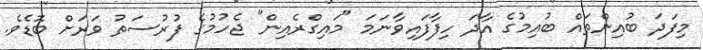
މިފަދަ ބުއިންތައް ބުއިމުގެ އާދަ ހިފާފައިވާނަމަ "މައިގްރެއިން" ޖެހުމުގެ ފުރުސަތު ވަރަށް ބޮޑެވެ.